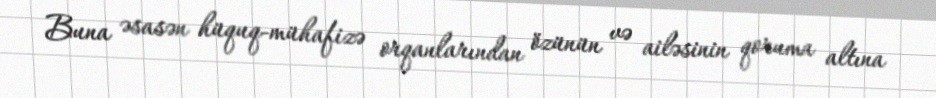
Buna əsasən hüquq-mühafizə orqanlarından özünün və ailəsinin qoruma altına